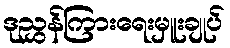
ဒုညွှန်ကြားရေးမှူးချုပ်